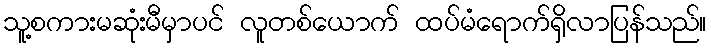
သူ့စကားမဆုံးမီမှာပင် လူတစ်ယောက် ထပ်မံရောက်ရှိလာပြန်သည်။